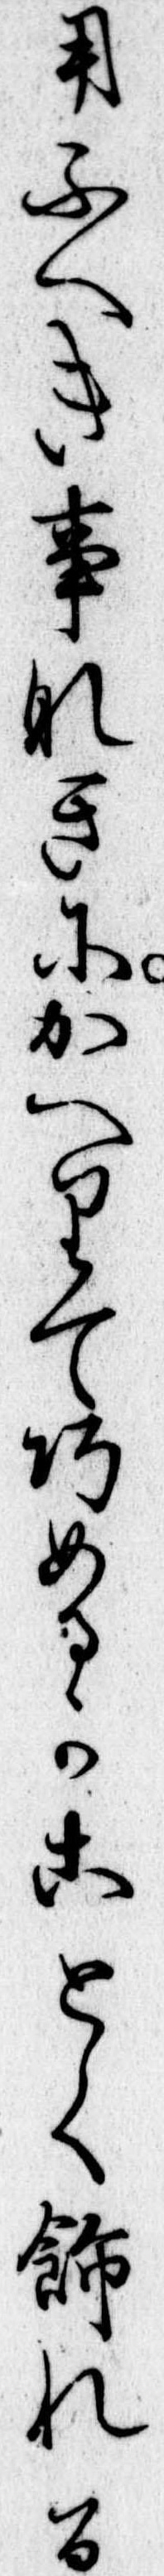
用ふへき事なきにかへりて巧めるかことく飾れる